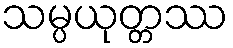
သမ္ပယုတ္တဿ